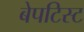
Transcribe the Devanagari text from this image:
बेपटिस्ट